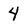
Character: 4